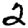
Digit: 2